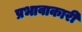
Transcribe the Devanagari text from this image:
प्रभावाकारी